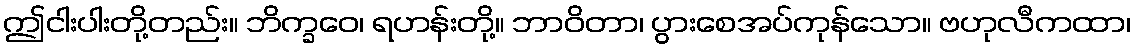
ဤငါးပါးတို့တည်း။ ဘိက္ခဝေ၊ ရဟန်းတို့။ ဘာဝိတာ၊ ပွားစေအပ်ကုန်သော။ ဗဟုလီကထာ၊